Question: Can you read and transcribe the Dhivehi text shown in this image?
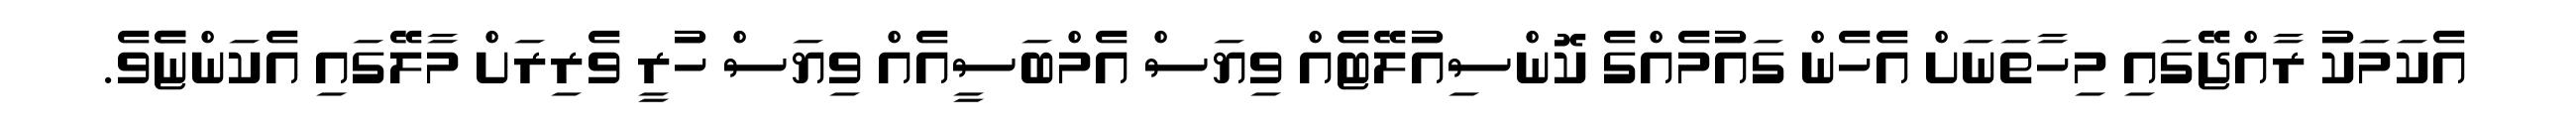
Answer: އެކަމަކު ރާއްޖޭގައި މިހާތަނަށް އެހެން ގައުމެއްގެ ކޮންސިއުލޭޓެއް ވިޔަސް އެމްބަސީއެއް ވިޔަސް ހުރީ ވެރިރަށް މާލޭގައި އެކަންޏެެވެ.